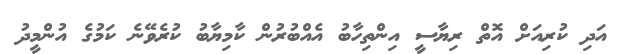
އަދި ކުރިއަށް އޮތް ރިޔާސީ އިންތިހާބު އެއްބުރުން ކާމިޔާބު ކުރެވޭނެ ކަމުގެ އުންމީދު